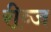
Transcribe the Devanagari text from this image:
रीव्ज